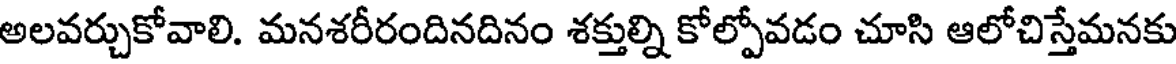
అలవర్చుకోవాలి. మనశరీరందినదినం శక్తుల్ని కోల్పోవడం చూసి ఆలోచిస్తేమనకు